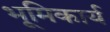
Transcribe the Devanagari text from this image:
भूमिकार्य